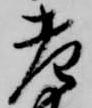
老